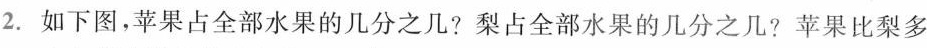
2.如下图，苹果占全部水果的几分之几?梨占全部水果的几分之几?苹果比梨多